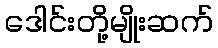
ဒေါင်းတို့မျိုးဆက်